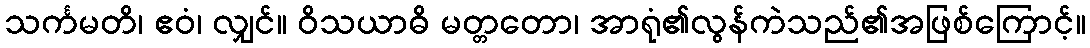
သင်္ကမတိ၊ ဧဝံ၊ လျှင်။ ဝိသယာဓိ မတ္တတော၊ အာရုံ၏လွန်ကဲသည်၏အဖြစ်ကြောင့်။